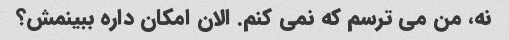
نه، من می ترسم که نمی کنم. الان امکان داره ببینمش؟